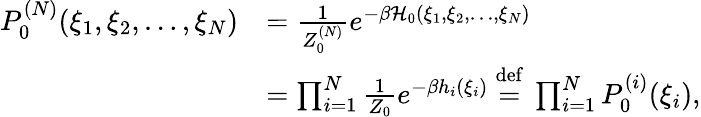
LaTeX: {\begin{array}{rl}{P_{0}^{(N)}(\xi_{1},\xi_{2},\ldots,\xi_{N})}&{={\frac{1}{Z_{0}^{(N)}}}e^{-\beta{\mathcal{H}}_{0}(\xi_{1},\xi_{2},\ldots,\xi_{N})}}\\ &{=\prod_{i=1}^{N}{\frac{1}{Z_{0}}}e^{-\beta h_{i}(\xi_{i})}\ {\stackrel{\mathrm{def}}{=}}\ \prod_{i=1}^{N}P_{0}^{(i)}(\xi_{i}),}\end{array}}